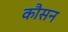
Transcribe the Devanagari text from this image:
कौसन